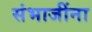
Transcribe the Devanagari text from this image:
संभाजींना